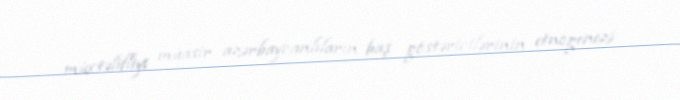
müxtəlifliyi müasir azərbaycanlıların baş göstəricilərinin etnogenezi